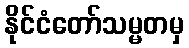
နိုင်ငံတော်သမ္မတမှ